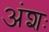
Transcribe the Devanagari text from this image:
अंशः